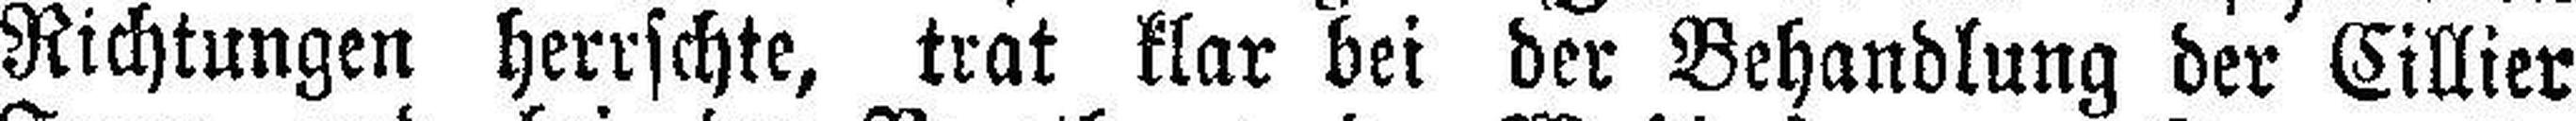
Richtungen herrschte, trat klar bei der Behandlung der Cillier